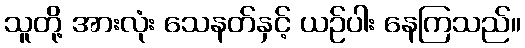
သူတို့ အားလုံး သေနတ်နှင့် ယဉ်ပါး နေကြသည်။